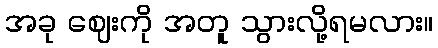
အခု ဈေးကို အတူ သွားလို့ရမလား။